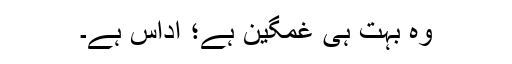
وہ بہت ہی غمگین ہے؛ اُداس ہے۔